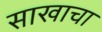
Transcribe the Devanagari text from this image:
साखाचा